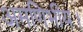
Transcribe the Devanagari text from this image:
अमणिभीय।